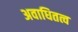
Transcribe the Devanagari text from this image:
अवाधितत्व